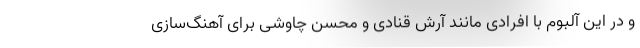
و در این آلبوم با افرادی مانند آرش قنادی و محسن چاوشی برای آهنگ‌سازی